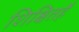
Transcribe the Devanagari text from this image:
शिक्षितहै